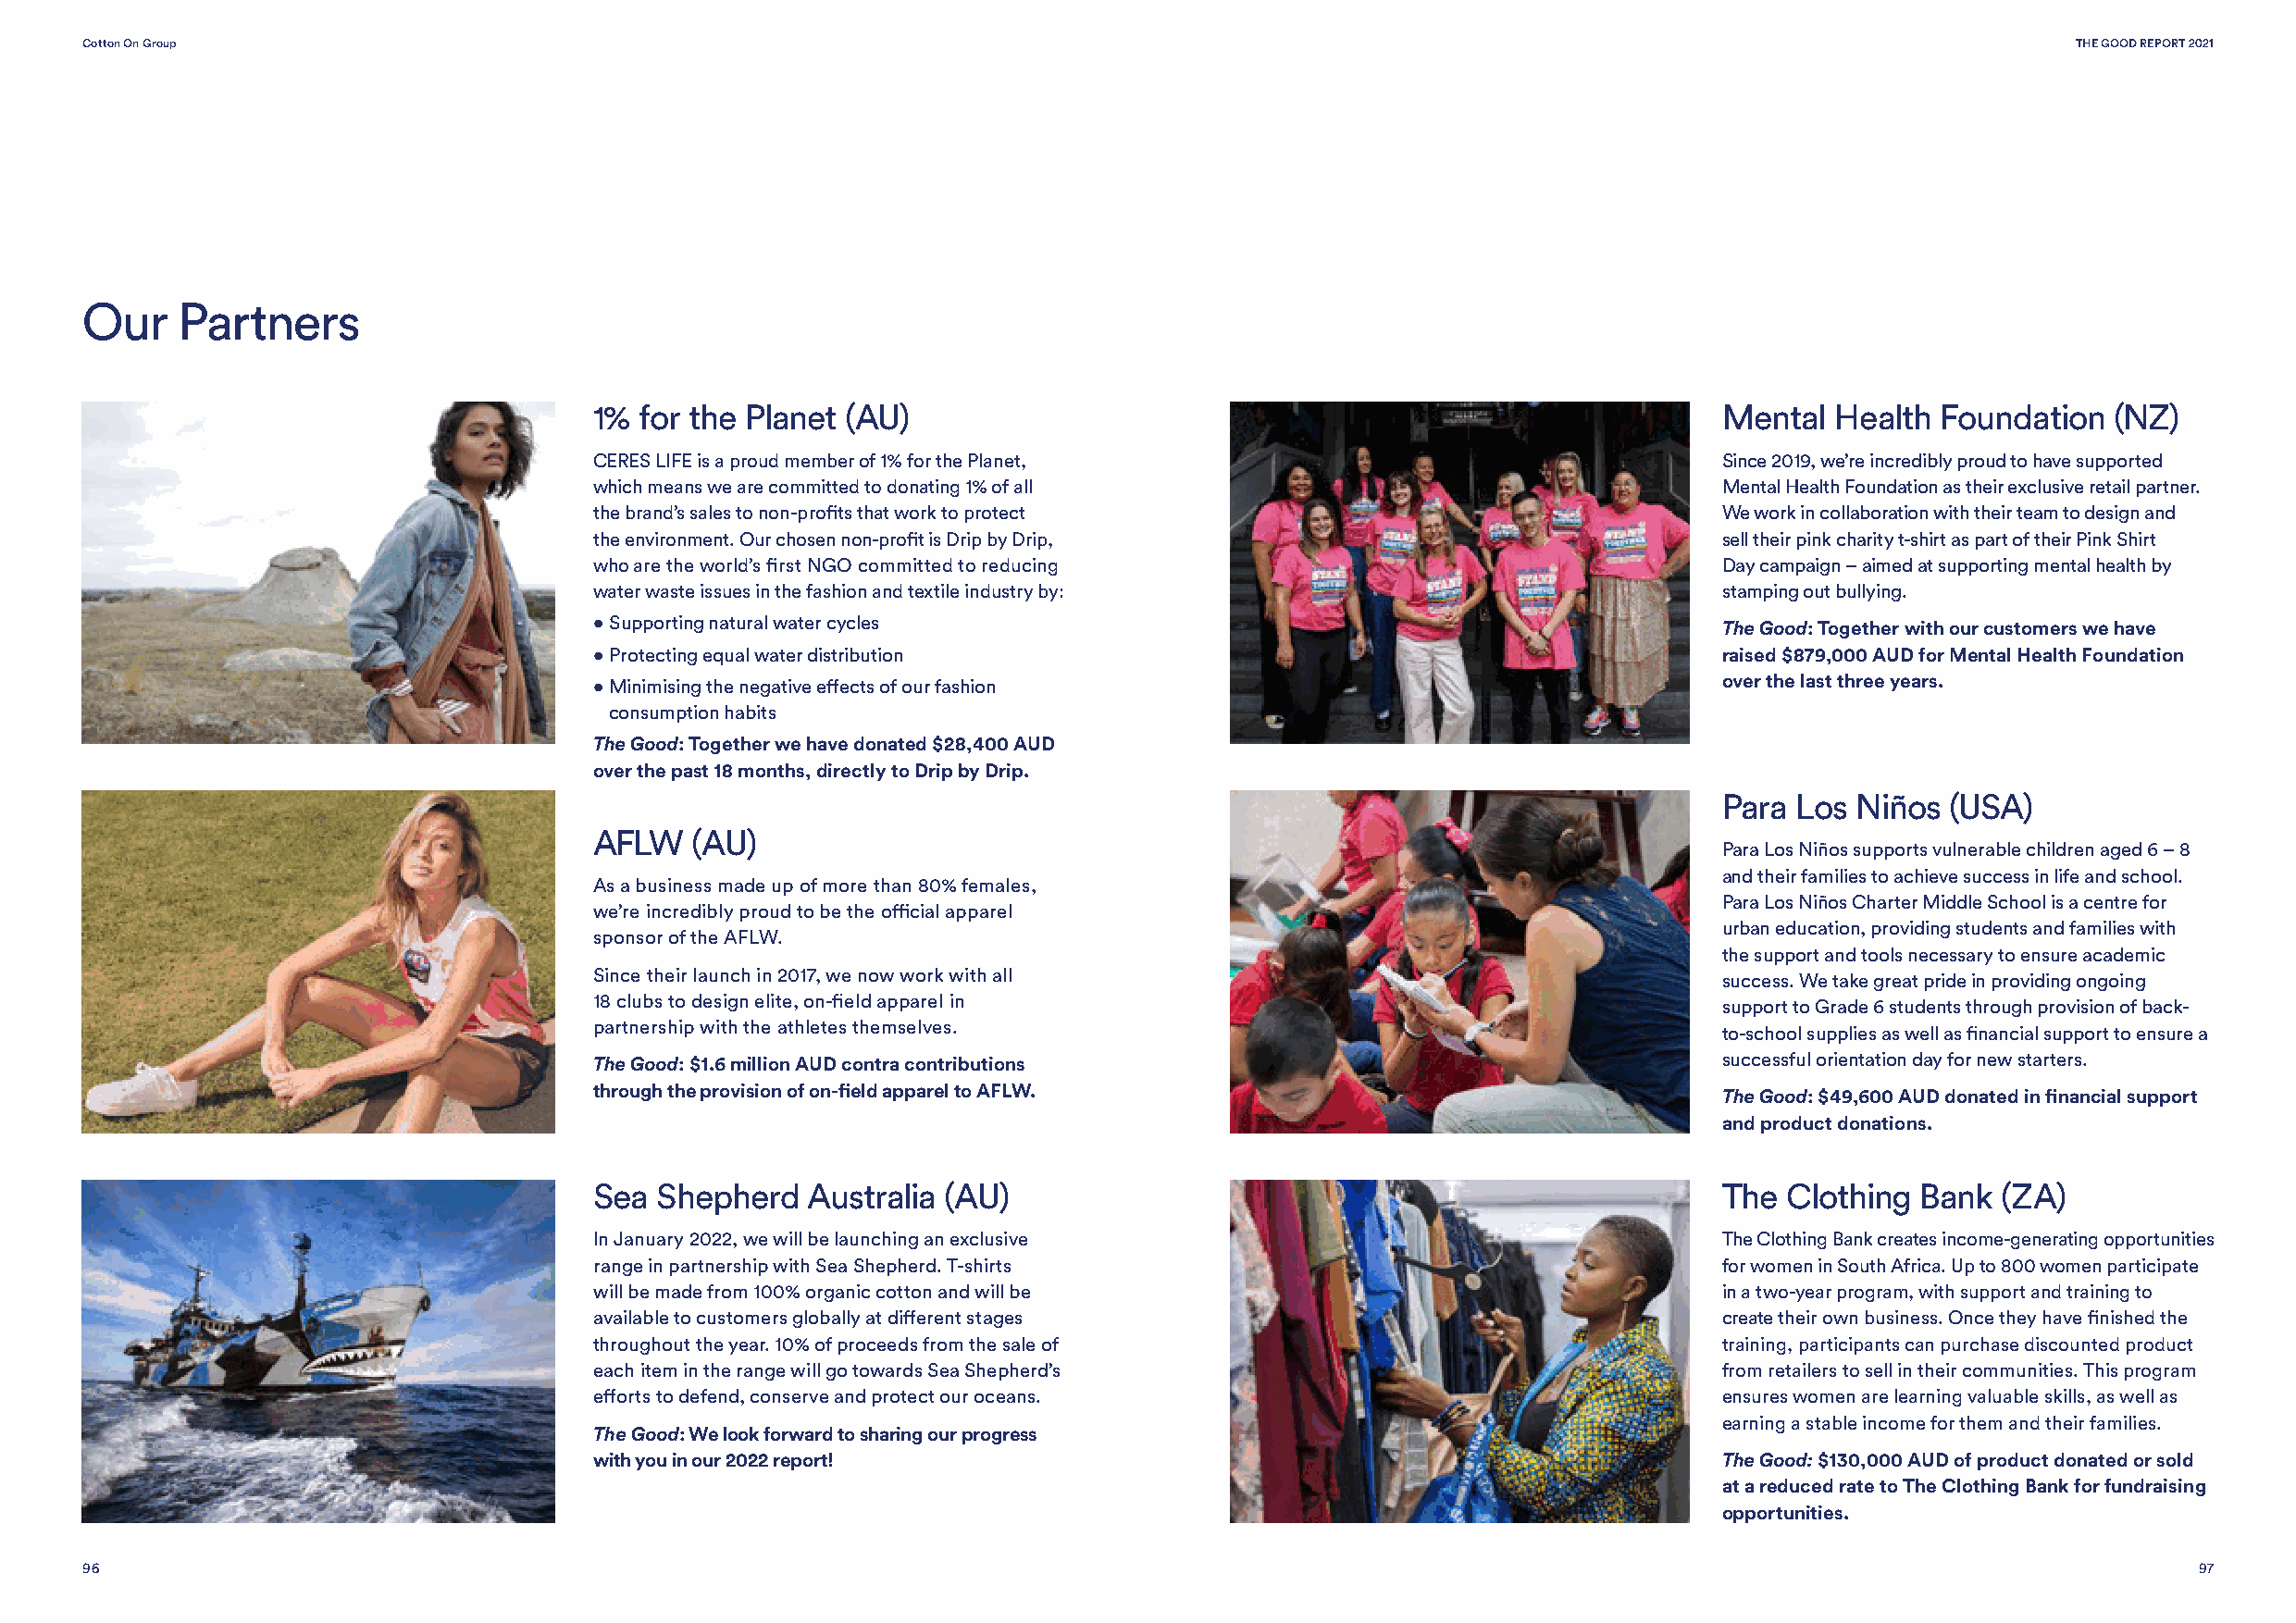
Cotton On Group                                                                                                                               THE GOOD REPORT 2021
 Our    Partners
 1%  for the Planet (AU)                                                          Mental  Health  Foundation  (NZ)
 CERES LIFE is a proud member of 1% for the Planet,                               Since 2019, we’re incredibly proud to have supported
 which means we are committed to donating 1% of all                               Mental Health Foundation as their exclusive retail partner.
 the brand’s sales to non-profits that work to protect                            We work in collaboration with their team to design and
 the environment. Our chosen non-profit is Drip by Drip,                          sell their pink charity t-shirt as part of their Pink Shirt
 who are the world’s first NGO committed to reducing                              Day campaign – aimed at supporting mental health by
 water waste issues in the fashion and textile industry by:                       stamping out bullying.
 • Supporting natural water cycles
 The Good: Together with our customers we have
 • Protecting equal water distribution                                            raised $879,000 AUD for Mental Health Foundation
 • Minimising the negative effects of our fashion                                 over the last three years.
 consumption habits
 The Good: Together we have donated $28,400 AUD
 over the past 18 months, directly to Drip by Drip.
 Para Los  Niños (USA)
 AFLW   (AU)
 Para Los Niños supports vulnerable children aged 6 – 8
 and their families to achieve success in life and school.
 As a business made up of more than 80% females,
 Para Los Niños Charter Middle School is a centre for
 we’re incredibly proud to be the official apparel
 urban education, providing students and families with
 sponsor of the AFLW.
 the support and tools necessary to ensure academic
 Since their launch in 2017, we now work with all
 success. We take great pride in providing ongoing
 18 clubs to design elite, on-field apparel in
 support to Grade 6 students through provision of back-
 partnership with the athletes themselves.
 to-school supplies as well as financial support to ensure a
 The Good: $1.6 million AUD contra contributions                                  successful orientation day for new starters.
 through the provision of on-field apparel to AFLW.
 The Good: $49,600 AUD donated in financial support
 and product donations.
 Sea  Shepherd   Australia (AU)                                                   The  Clothing Bank  (ZA)
 In January 2022, we will be launching an exclusive                               The Clothing Bank creates income-generating opportunities
 range in partnership with Sea Shepherd. T-shirts                                 for women in South Africa. Up to 800 women participate
 will be made from 100% organic cotton and will be                                in a two-year program, with support and training to
 available to customers globally at different stages                              create their own business. Once they have finished the
 throughout the year. 10% of proceeds from the sale of                            training, participants can purchase discounted product
 each item in the range will go towards Sea Shepherd’s                            from retailers to sell in their communities. This program
 efforts to defend, conserve and protect our oceans.                              ensures women are learning valuable skills, as well as
 earning a stable income for them and their families.
 The Good: We look forward to sharing our progress
 with you in our 2022 report!                                                     The Good: $130,000 AUD of product donated or sold
 at a reduced rate to The Clothing Bank for fundraising
 opportunities.
 96                                                                                                                                                     97